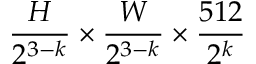
\frac { H } { 2 ^ { 3 - k } } \times \frac { W } { 2 ^ { 3 - k } } \times \frac { 5 1 2 } { 2 ^ { k } }